Leaving Certificate Examination, 1905
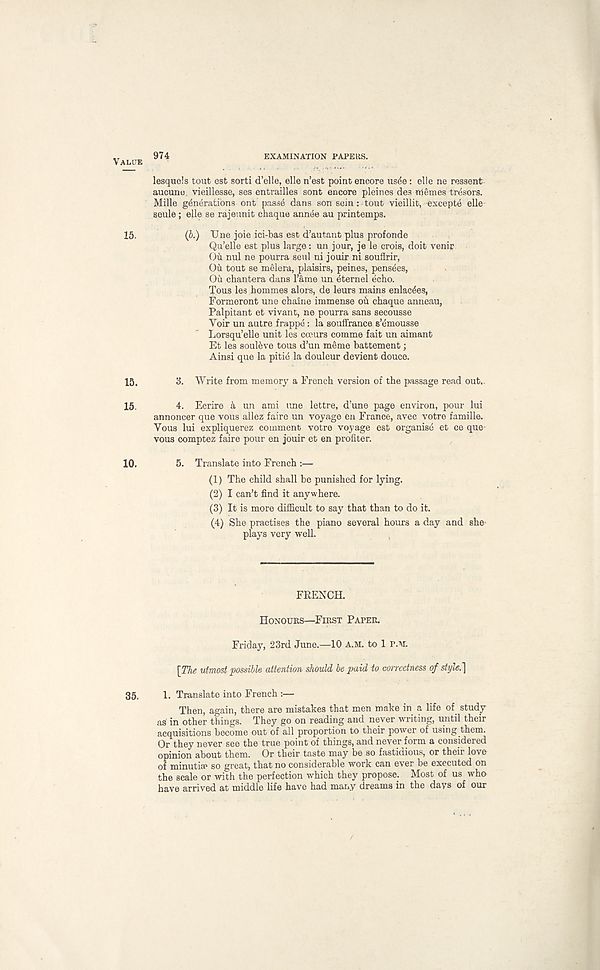
974
EXAMINATION PAPERS.
lesquels tout est sorti d’elle, elle n’est point encore usee: elle ne ressent
aucunu vieillesse, ses entrailles sont encore pleines des nSemes tresors.
Mille generations ont passe dans son sein: tout vieillit, excepte elle
seule; elle se rajeunit chaque annee au printemps.
(b.) Une joie ici-bas est d’autant plus profonde
Qu’elle est plus large: un jour, je le crois, doit venir
Ou nul ne pourra seul ni jouir ni souSrir,
Ou tout se melera, plaisirs, peines, pensees,
Ou chantera dans Tame un eternel echo.
Tous les hommes alors, de leurs mains enlac^es,
Formeront une chaine immense ou chaque anneau,
Palpitant et vivant, ne pourra sans secousse
Yoir un autre frappe: la souffrance s’emousse
Lorsqu’elle unit les cceurs comme fait un aimant
Et les souieve tous d’un me me battement;
Ainsi que la pitid la douleur devient douce.
3. Write from memory a French version of the passage read out.-
4. Ecrire a un ami une lettre, d’une page environ, pour lui
annoncer que vous allez faire un voyage en France, avec votre famille.
Yous lui expliquerez comment votre voyage est organise et ce que
vous comptez faire pour en jouir et en profiter.
5. Translate into French :—
(1) The child shall be punished for lying.
(2) I can’t find it anywhere.
(3) It is more difficult to say that than to do it.
(4) She practises the piano several hours a day and she-
plays very well.
FRENCH.
HONOURS—FIRST PAPER.
Friday, 23rd June.—10 A.M. to 1 P.M.
[The utmost possible attention should be paid io correctness of style.]
1. Translate into French :—
Then, again, there are mistakes that men make in a life of study
as in other things. They go on reading and never writing, until their
acquisitions become out of all proportion to their power of using them.
Or they never see the true point of things, and never form a considered
opinion about them. Or their taste may be so fastidious, or their love
of minutiae so great, that no considerable work can ever be executed on
the scale or with the perfection which they propose. Most of us who
have arrived at middle life have had many dreams in the days of our